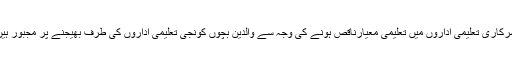
سرکاری تعلیمی اداروں میں تعلیمی معیارناقص ہونے کی وجہ سے والدین بچوں کونجی تعلیمی اداروں کی طرف بھیجنے پر مجبور ہیں۔